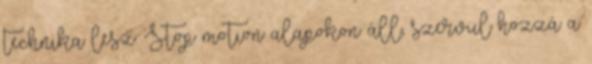
technika lesz. Stop motion alapokon áll, szervül hozzá a